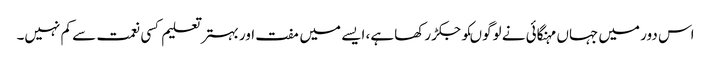
اس دور میں جہاں مہنگائی نے لوگوںکو جکڑ رکھا ہے، ایسے میں مفت اور بہتر تعلیم کسی نعمت سے کم نہیں۔